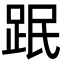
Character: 䟨